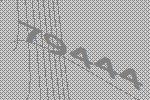
79444